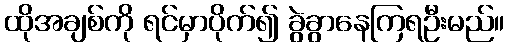
ထိုအချစ်ကို ရင်မှာပိုက်၍ ခွဲခွာနေကြရဦးမည်။